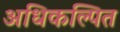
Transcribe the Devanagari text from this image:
अधिकल्पित